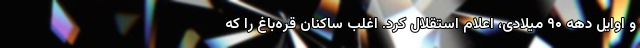
و اوایل دهه ۹۰ میلادی، اعلام استقلال کرد. اغلب ساکنان قره‌باغ را که